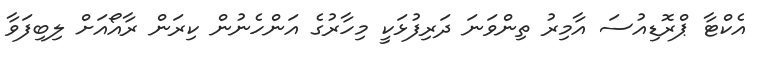
އެކްޓާ ޕްރޮޑިއުސަ އާމިރު ތިންވަނަ ދަރިފުޅަކީ މިހާރުގެ އަންހެނުން ކިރަން ރާއޯއަށް ލިބިފަވާ